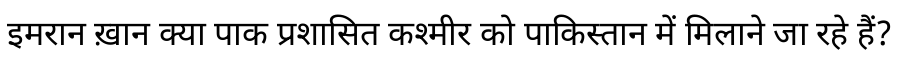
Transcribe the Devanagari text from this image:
इमरान ख़ान क्या पाक प्रशासित कश्मीर को पाकिस्तान में मिलाने जा रहे हैं?